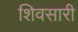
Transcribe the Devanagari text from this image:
शिवसारी